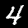
Digit: 4